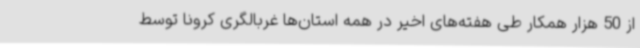
از 50 هزار همکار طی هفته‌های اخیر در همه استان‌ها غربالگری کرونا توسط